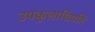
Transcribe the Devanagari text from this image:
उपकुलाधिपति